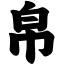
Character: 帛